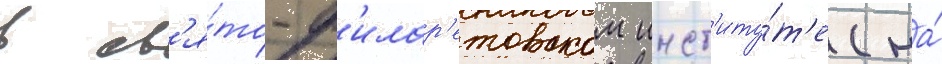
в св'я́то-ф'илар'етовском инст'иту́т'е (на́